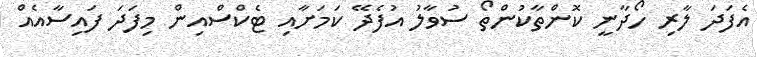
އެފަދަ ލާރި ހޯދާނީ ކޮންތާކުންތޯ ސުވާލު އުފެދޭ ކަަމަށާއި ޓެކްސްއިން މިފަދަ ފައިސާއެއް